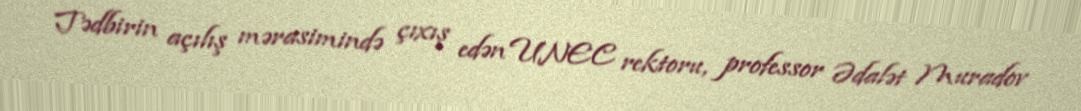
Tədbirin açılış mərasimində çıxış edən UNEC rektoru, professor Ədalət Muradov